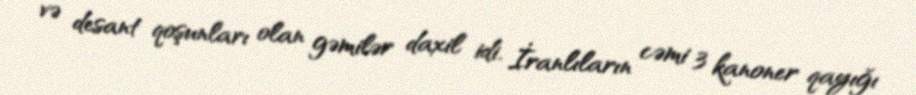
və desant qoşunları olan gəmilər daxil idi. İranlıların cəmi 3 kanoner qayığı